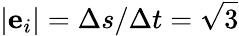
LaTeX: |\mathbf{e}_{i}|=\Delta s/\Delta t=\sqrt{3}